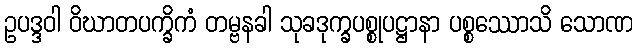
ဥပဒ္ဒဝါ ဝိဃာတပက္ခိကံ တမ္ဗနခါ သုခဒုက္ခပစ္စုပဋ္ဌာနာ ပစ္စဿောသိ သောဏ